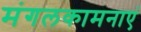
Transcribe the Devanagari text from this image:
मंगलकामनाएं